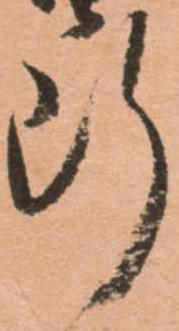
断